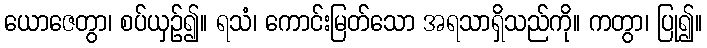
ယောဇေတွာ၊ စပ်ယှဉ်၍။ ရသံ၊ ကောင်းမြတ်သော အရသာရှိသည်ကို။ ကတွာ၊ ပြု၍။